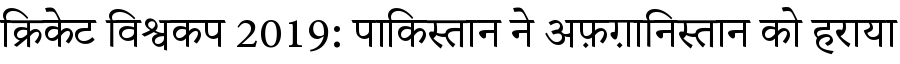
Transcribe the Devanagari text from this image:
क्रिकेट विश्वकप 2019: पाकिस्तान ने अफ़ग़ानिस्तान को हराया